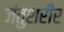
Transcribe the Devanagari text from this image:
जंतुशरीर